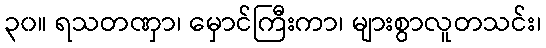
၃၀။ ရသတဏှာ၊ မှောင်ကြီးကာ၊ များစွာလူတသင်း၊